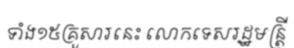
ទាំង១៥គ្រួសារនេះ លោកទេសរដ្ឋមន្ត្រី